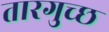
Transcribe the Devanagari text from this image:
तारगुच्छ